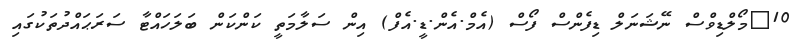
10	މޯލްޑިވްސް ނޭޝަނަލް ޑިފެންސް ފޯސް (އެމް.އެން.ޑީ.އެފް) އިން ސަލާމަތީ ކަންކަން ބަލަހައްޓާ ސަރަޙައްދުތަކުގައި